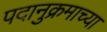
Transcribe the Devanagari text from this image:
पदानुक्रमाच्या